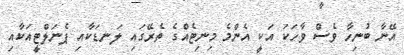
އޭނާ ބުނިހާ ވެސް ވާހަކަ އަކީ އެންމެ މިނިޓެއްގެ ތެރޭގައި ލަނޑަކާއި ޕެނަލްޓީއަކާއި